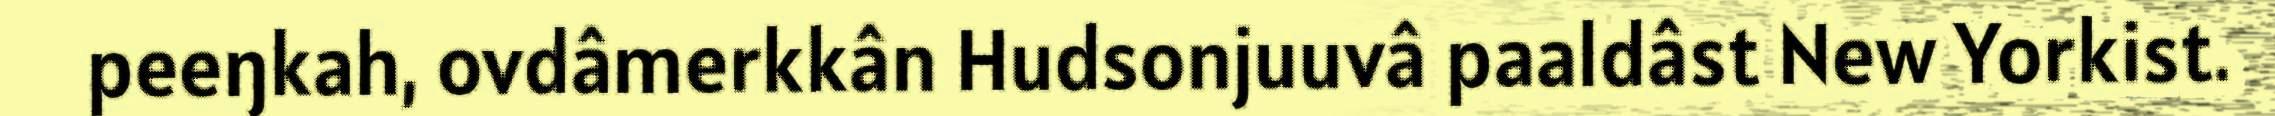
peeŋkah, ovdâmerkkân Hudsonjuuvâ paaldâst New Yorkist.